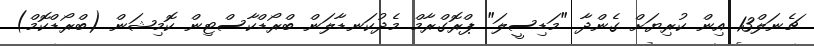
ޗެނަލް13 އިން ކުރިޔަށް ގެންދާ "މަޑިސީލަ" ޕްރޮގްރާމް މެދުކަނޑާލަން ބްރޯޑްކާސްޓިން ކޮމިޝަން (ބްރޯޑްކޮމް)